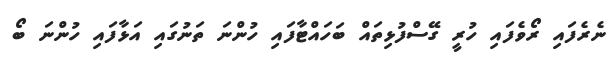
ނެރެފައި ރޯވެފައި ހުރީ ގޭސްފުޅިތައް ބަހައްޓާފައި ހުންނަ ތަނުގައި އަޅާފައި ހުންނަ ބޯ